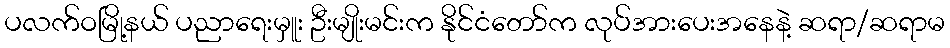
ပလက်ဝမြို့နယ် ပညာရေးမှူး ဦးမျိုးမင်းက နိုင်ငံတော်က လုပ်အားပေးအနေနဲ့ ဆရာ/ဆရာမ